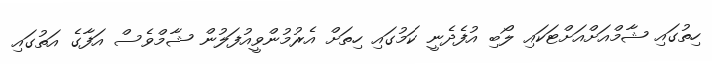
ހިތުގައި ޝާމްއަށްއަށްޓަކައި ލޯބި އުފެދެނީ ކަމުގައި ހިތަށް އެރުމުންވީއުފަލުން ޝާމްވެސް އަފާގެ އަތުގައި